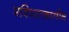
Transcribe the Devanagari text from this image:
भविष्यत्कालीन